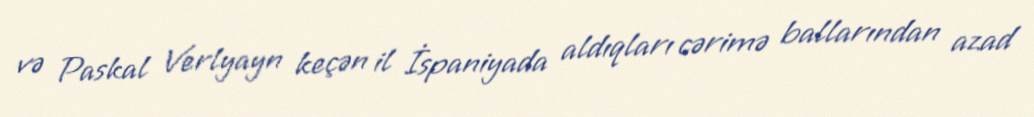
və Paskal Verlyayn keçən il İspaniyada aldıqları cərimə ballarından azad